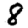
Digit: 8